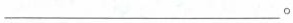
___。